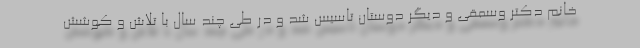
خانم دکتر وسمقی و دیگر دوستان تاسیس شد و در طی چند سال با تلاش و کوشش